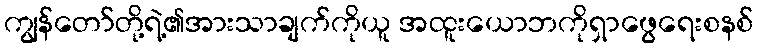
ကျွန်တော်တို့ရဲ့၏အားသာချက်ကိုယူ အထူးယောဘကိုရှာဖွေရေးစနစ်